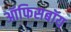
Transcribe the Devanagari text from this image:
ऑफिसबॉय